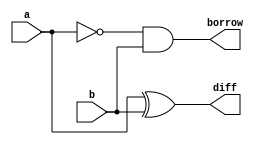
module halfsub(a,b,diff,borrow);
	input a,b;
	output diff,borrow;
	wire c;

	xor(diff,a,b);
	not(c,a);
	and(borrow,c,b);
endmodule

module halfsub_test;
	reg a,b;
	wire diff,borrow;
	halfsub test(a,b,diff,borrow);
	integer count;
	initial begin
	for(count=0;count<4;count=count+1)begin
		{a,b}=count;
		#20;
		end
	end
endmodule